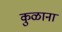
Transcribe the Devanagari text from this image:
कुळाना